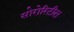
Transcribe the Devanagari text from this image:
सोरोरिटीस